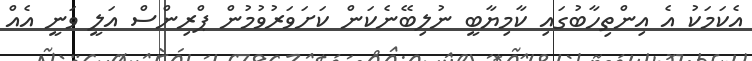
އެކަމަކު އެ އިންތިހާބުގައި ކާމިޔާބީ ނުލިބޭނެކަން ކަށަވަރުވުމުން ޕްރިންސް އަލީ ވަނީ އެއް